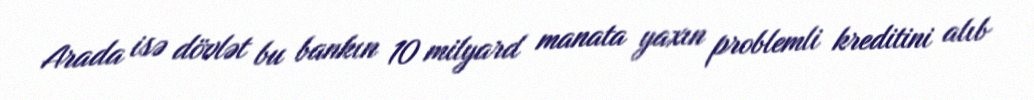
Arada isə dövlət bu bankın 10 milyard manata yaxın problemli kreditini alıb